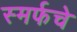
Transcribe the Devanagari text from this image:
स्मर्फचे